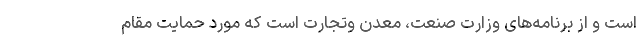
است و از برنامه‌های وزارت صنعت، معدن و‌تجارت است که مورد حمایت مقام